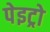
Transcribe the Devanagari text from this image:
पेइट्रो